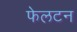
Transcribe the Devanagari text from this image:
फेलटन